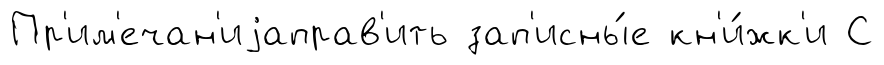
Пр'им'ечан'иjаправ'ить зап'исны́е кн'и́жк'и С